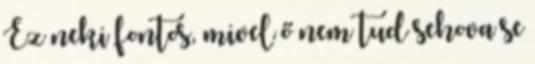
Ez neki fontos, mivel ő nem tud sehova se